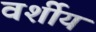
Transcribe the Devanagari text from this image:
वर्शीय